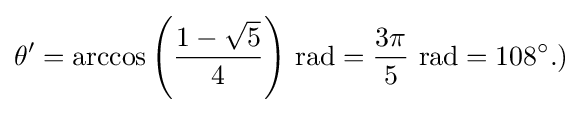
\theta '=\arccos \left({\frac {1-{\sqrt {5}}}{4}}\right)\,{\text{rad}}={3\pi  \over 5}~{\text{rad}}=108^{\circ }.)